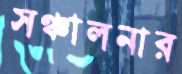
সঞ্চালনার